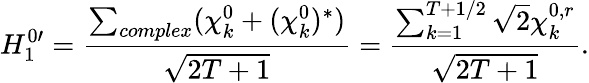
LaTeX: H_{1}^{0\prime}=\frac{\sum_{complex}(\chi_{k}^{0}+(\chi_{k}^{0})^{*})}{\sqrt{2T+1}}=\frac{\sum_{k=1}^{T+1/2}\sqrt{2}\chi_{k}^{0,r}}{\sqrt{2T+1}}.